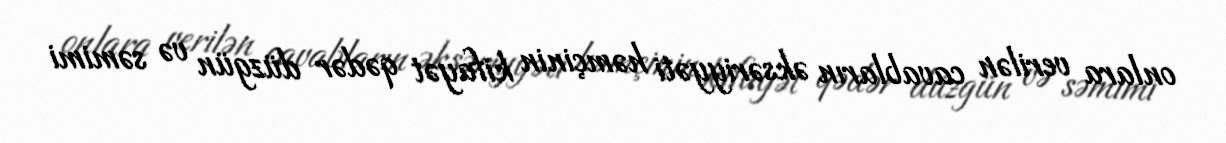
onlara verilən cavabların əksəriyyəti həmçinin kifayət qədər düzgün və səmimi